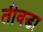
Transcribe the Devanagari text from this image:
तीवडा